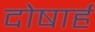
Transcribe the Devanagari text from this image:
दोषार्ह